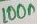
Text: 100n